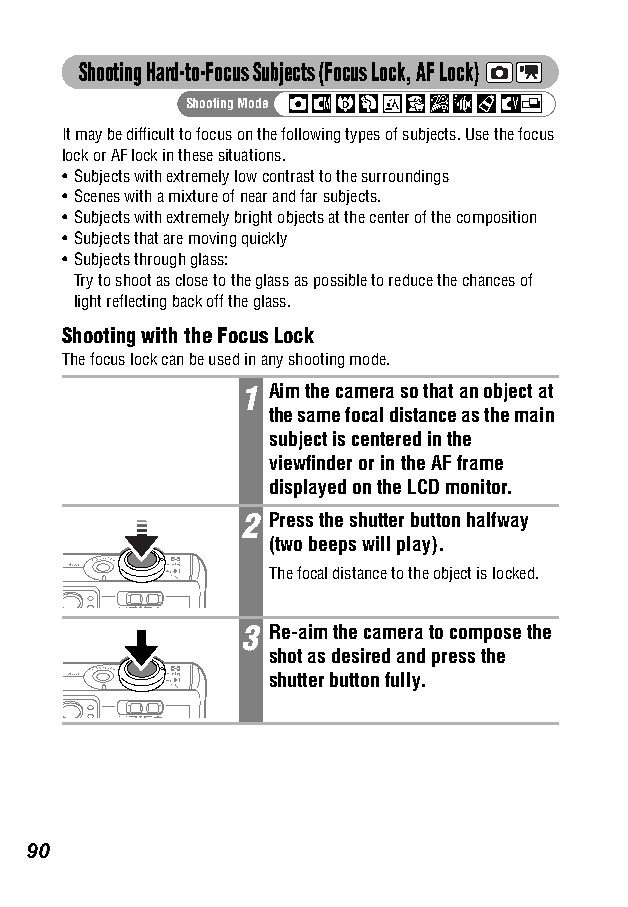
Shooting Hard-to-Focus Subjects (Focus Lock, AF Lock)
 Shooting Mode
 It may be difficult to focus on the following types of subjects. Use the focus
 lock or AF lock in these situations.
 •Subjects with extremely low contrast to the surroundings
 •Scenes with a mixture of near and far subjects.
 •Subjects with extremely bright objects at the center of the composition
 •Subjects that are moving quickly
 •Subjects through glass:
 Try to shoot as close to the glass as possible to reduce the chances of
 light reflecting back off the glass.
 Shooting with the Focus Lock
 The focus lock can be used in any shooting mode.
 1 Aim the camera so that an object at
 the same focal distance as the main
 subject is centered in the
 viewfinder or in the AF frame
 displayed on the LCD monitor.
 2 Press the shutter button halfway
 (two beeps will play).
 The focal distance to the object is locked.
 3 Re-aim the camera to compose the
 shot as desired and press the
 shutter button fully.
 90